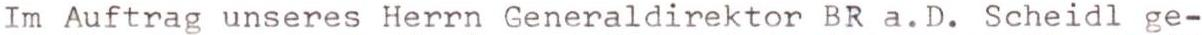
Im Auftrag unseres Herrn Generaldirektor BR a.D. Scheidl ge-